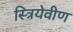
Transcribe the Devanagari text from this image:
स्त्रियेवीण